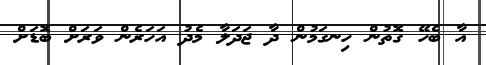
އާ ބެހޭ ގޮތުން ހިނގަމުން ދާ ޖަދަލާ މެދު އަހަރެން ވަރަށް ބޮޑަށް